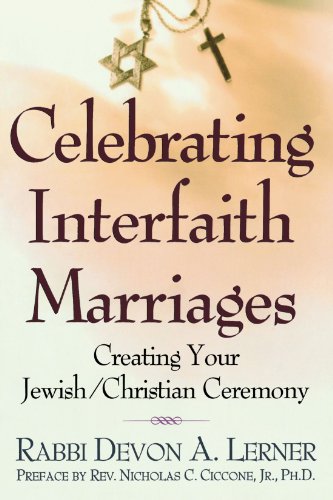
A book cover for Celebrating Interfaith Marriages: Creating Your Jewish/Christian Ceremony; Devon A. Lerner; Crafts, Hobbies & Home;